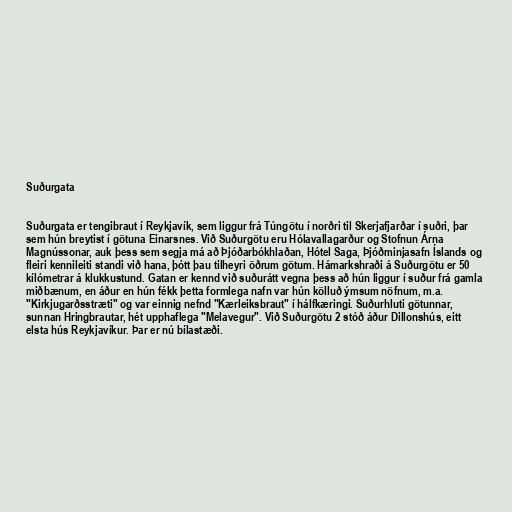
Suðurgata

Suðurgata er tengibraut í Reykjavík, sem liggur frá Túngötu í norðri til Skerjafjarðar í suðri, þar
sem hún breytist í götuna Einarsnes. Við Suðurgötu eru Hólavallagarður og Stofnun Árna
Magnússonar, auk þess sem segja má að Þjóðarbókhlaðan, Hótel Saga, Þjóðminjasafn Íslands og
fleiri kennileiti standi við hana, þótt þau tilheyri öðrum götum. Hámarkshraði á Suðurgötu er 50
kílómetrar á klukkustund. Gatan er kennd við suðurátt vegna þess að hún liggur í suður frá gamla
miðbænum, en áður en hún fékk þetta formlega nafn var hún kölluð ýmsum nöfnum, m.a.
"Kirkjugarðsstræti" og var einnig nefnd "Kærleiksbraut" í hálfkæringi. Suðurhluti götunnar,
sunnan Hringbrautar, hét upphaflega "Melavegur". Við Suðurgötu 2 stóð áður Dillonshús, eitt
elsta hús Reykjavíkur. Þar er nú bílastæði.